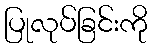
ပြုလုပ်ခြင်းကို